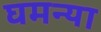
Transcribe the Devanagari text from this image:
घमन्या